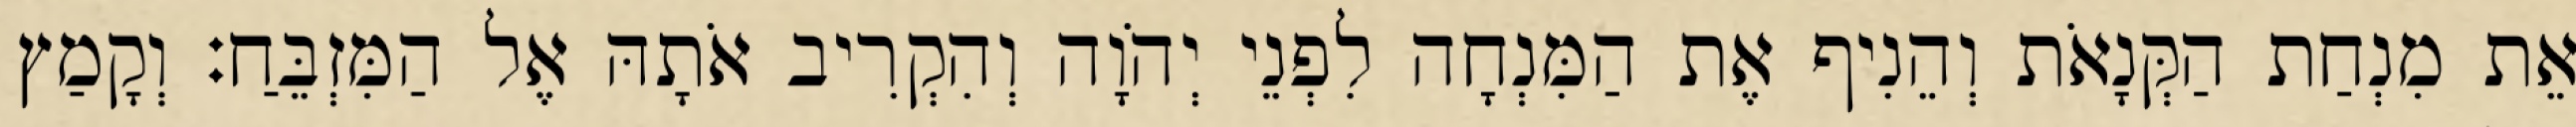
אֵת מִנְחַת הַקְּנָאֹת וְהֵנִיף אֶת הַמִּנְחָה לִפְנֵי יְהֹוָה וְהִקְרִיב אֹתָהּ אֶל הַמִּזְבֵּחַ׃ וְקָמַץ